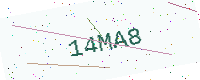
Text: 14MA8